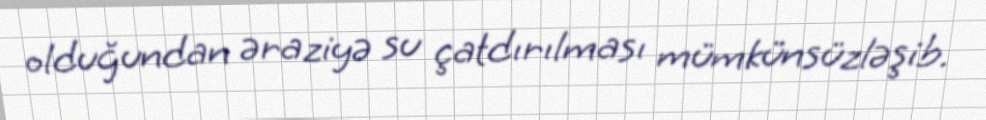
olduğundan əraziyə su çatdırılması mümkünsüzləşib.